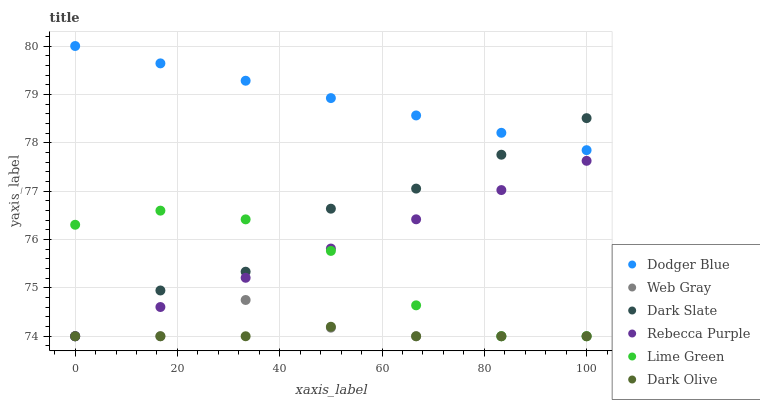
| xaxis_label | Dodger Blue | Web Gray | Dark Slate | Rebecca Purple | Lime Green | Dark Olive |
 | --- | --- | --- | --- | --- | --- | --- |
 | 0 | 80 | 74 | 74 | 74 | 76.3 | 74 |
 | 16.7 | 79.6 | 74 | 74.9 | 74.6 | 76.6 | 74 |
 | 33.3 | 79.3 | 74.7 | 75.3 | 75.2 | 76.4 | 74 |
 | 50 | 78.9 | 74.2 | 76.6 | 75.8 | 75.8 | 74.2 |
 | 66.7 | 78.6 | 74 | 77.1 | 76.4 | 74.6 | 74 |
 | 83.3 | 78.2 | 74 | 77.8 | 77 | 74 | 74 |
 | 100 | 77.8 | 74 | 78.5 | 77.6 | 74 | 74 |